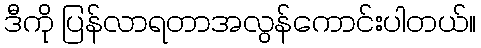
ဒီကို ပြန်လာရတာအလွန်ကောင်းပါတယ်။